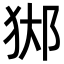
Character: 𨛊